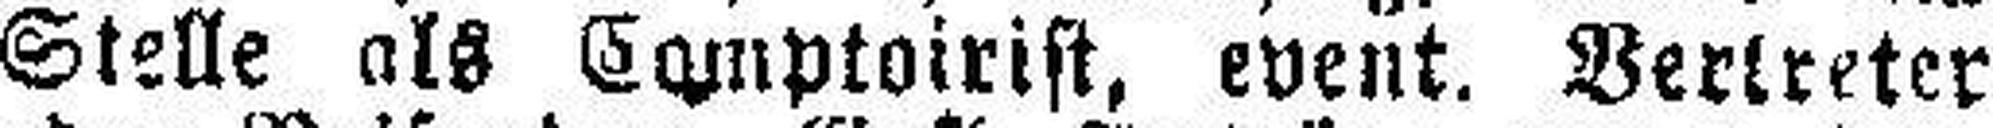
Stelle als Comptoirist, event. Vertreter